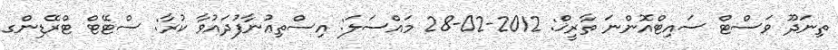
ތިނަދޫ ވަސްޓް ސައިޓްއޮންނަ ތާރީޚް: 2012-02-28 މައްސަލަ: އިސްތިޢުނާފުދައުވާ ކުރާ: ސްޓޭޓް ޓްރޭޑިންގ